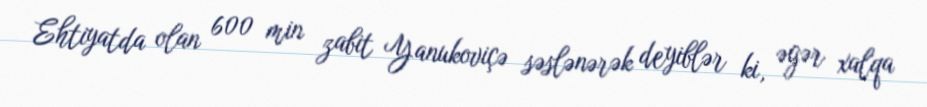
Ehtiyatda olan 600 min zabit Yanukoviçə səslənərək deyiblər ki, əgər xalqa